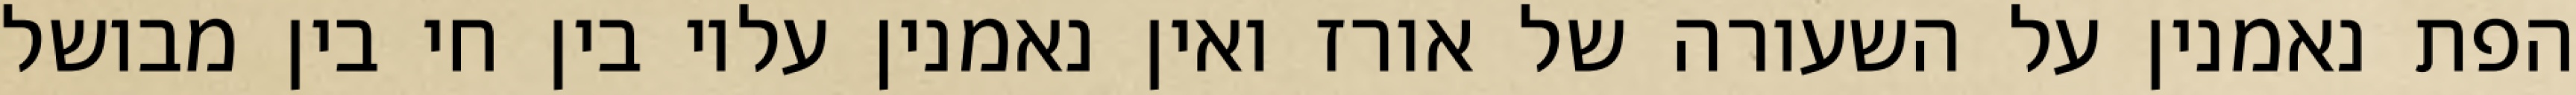
הפת נאמנין על השעורה של אורז ואין נאמנין עליו בין חי בין מבושל